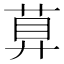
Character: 萛